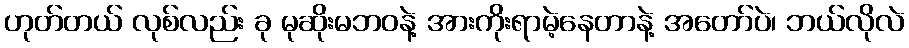
ဟုတ်တယ် လုစ်လည်း ခု မုဆိုးမဘဝနဲ့ အားကိုးရာမဲ့နေတာနဲ့ အတော်ပဲ၊ ဘယ်လိုလဲ